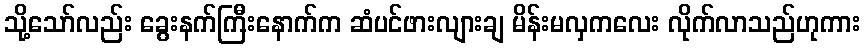
သို့သော်လည်း ခွေးနက်ကြီးနောက်က ဆံပင်ဖားလျားချ မိန်းမလှကလေး လိုက်လာသည်ဟုကား